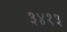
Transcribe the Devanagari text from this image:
३४१३